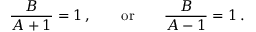
{ \frac { B } { A + 1 } } = 1 \, , \qquad \mathrm { o r } \qquad { \frac { B } { A - 1 } } = 1 \, .